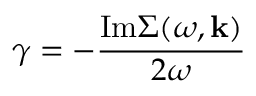
\gamma = - \frac { \mathrm { I m } \Sigma ( \omega , { \bf k } ) } { 2 \omega }